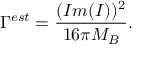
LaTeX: \Gamma ^ { e s t } = \frac { ( I m ( I ) ) ^ { 2 } } { 1 6 \pi M _ { B } } .